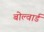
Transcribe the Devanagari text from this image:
बोल्वार्ड